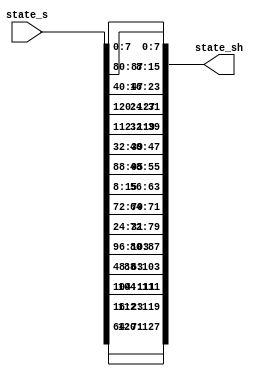
module midori_shuffle_cell (input [127:0] state_s,
                            output [127:0] state_sh);
// (0,1,2,...,15) <- (0,10,5,15,14,4,11,1,9,3,12,6,7,13,2,8)
assign state_sh[0*8+7:0*8] = state_s[0*8+7:0*8];
assign state_sh[1*8+7:1*8] = state_s[10*8+7:10*8];
assign state_sh[2*8+7:2*8] = state_s[5*8+7:5*8];
assign state_sh[3*8+7:3*8] = state_s[15*8+7:15*8];
assign state_sh[4*8+7:4*8] = state_s[14*8+7:14*8];
assign state_sh[5*8+7:5*8] = state_s[4*8+7:4*8];
assign state_sh[6*8+7:6*8] = state_s[11*8+7:11*8];
assign state_sh[7*8+7:7*8] = state_s[1*8+7:1*8];
assign state_sh[8*8+7:8*8] = state_s[9*8+7:9*8];
assign state_sh[9*8+7:9*8] = state_s[3*8+7:3*8];
assign state_sh[10*8+7:10*8] = state_s[12*8+7:12*8];
assign state_sh[11*8+7:11*8] = state_s[6*8+7:6*8];
assign state_sh[12*8+7:12*8] = state_s[7*8+7:7*8];
assign state_sh[13*8+7:13*8] = state_s[13*8+7:13*8];
assign state_sh[14*8+7:14*8] = state_s[2*8+7:2*8];
assign state_sh[15*8+7:15*8] = state_s[8*8+7:8*8];
endmodule //midori_shuffle_cell